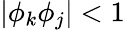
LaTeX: |\phi_{k}\phi_{j}|<1